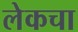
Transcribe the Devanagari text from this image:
लेकचा